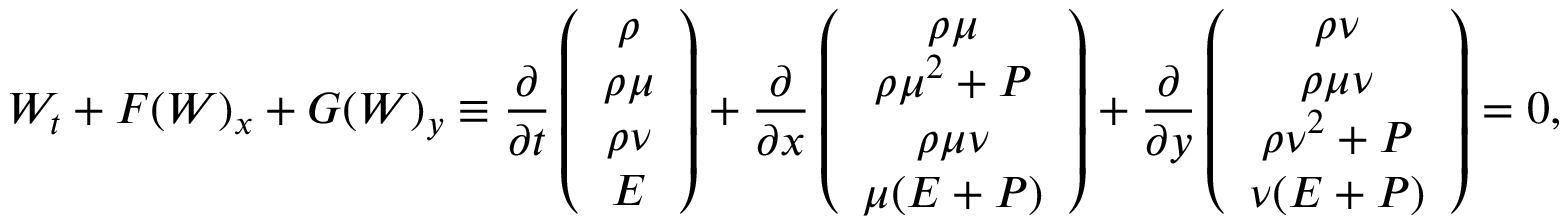
W _ { t } + F ( W ) _ { x } + G ( W ) _ { y } \equiv \frac { \partial } { \partial t } \left( \begin{array} { c } { \rho } \\ { \rho \mu } \\ { \rho \nu } \\ { E } \end{array} \right) + \frac { \partial } { \partial x } \left( \begin{array} { c } { \rho \mu } \\ { \rho \mu ^ { 2 } + P } \\ { \rho \mu \nu } \\ { \mu ( E + P ) } \end{array} \right) + \frac { \partial } { \partial y } \left( \begin{array} { c } { \rho \nu } \\ { \rho \mu \nu } \\ { \rho \nu ^ { 2 } + P } \\ { \nu ( E + P ) } \end{array} \right) = 0 ,